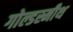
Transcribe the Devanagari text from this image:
गोल्डस्मीथ